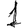
Digit: 1